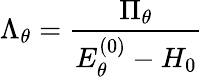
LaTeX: \Lambda_{\theta}=\frac{\Pi_{\theta}}{E_{\theta}^{(0)}-H_{0}}